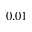
0 . 0 1